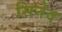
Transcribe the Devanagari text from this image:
सिनेद